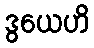
ဒွယေဟိ